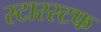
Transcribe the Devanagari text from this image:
स्टारस्टफ